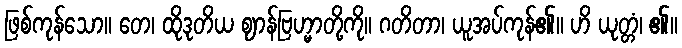
ဖြစ်ကုန်သော။ တေ၊ ထိုဒုတိယ ဈာန်ဗြဟ္မာတို့ကို။ ဂတိတာ၊ ယူအပ်ကုန်၏။ ဟိ ယုတ္တံ၊ ၏။